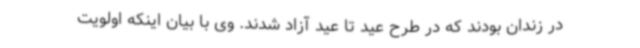
در زندان بودند که در طرح عید تا عید آزاد شدند. وی با بیان اینکه اولویت